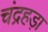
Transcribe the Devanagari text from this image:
चंद्रहड़ा